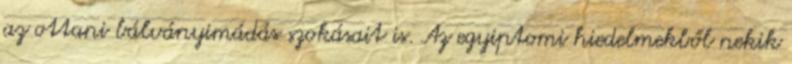
az ottani bálványimádás szokásait is. Az egyiptomi hiedelmekből nekik